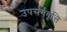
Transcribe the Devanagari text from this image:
उपसर्गवृत्ति